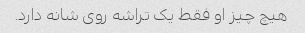
هیچ چیز او فقط یک تراشه روی شانه دارد.